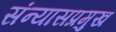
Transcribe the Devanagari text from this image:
संन्यासप्रमुख